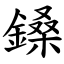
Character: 鎟